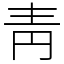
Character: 靑